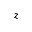
z